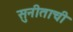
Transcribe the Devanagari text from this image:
सुनीताची